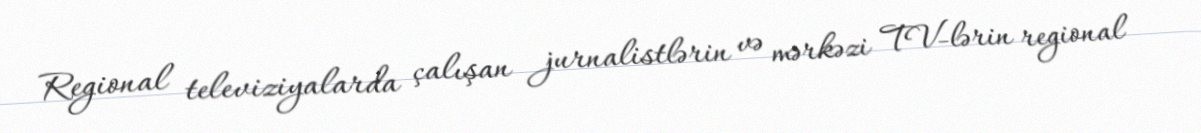
Regional televiziyalarda çalışan jurnalistlərin və mərkəzi TV-lərin regional